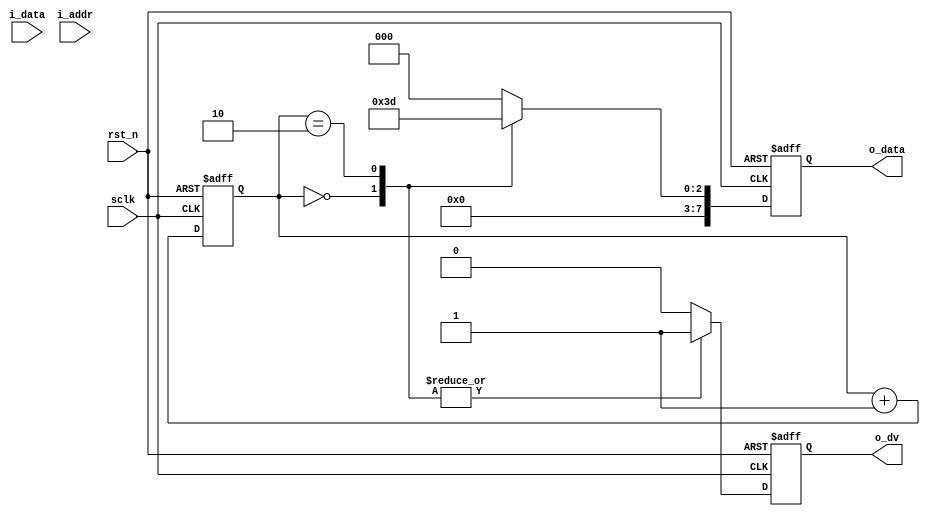
module ex_case( 
       input wire        rst_n,
       input wire        sclk,
	   output reg        o_dv,
	   output reg  [7:0] o_data,
	   
	   input wire  [9:0] i_data,
	   input wire  [7:0] i_addr
);

reg [2:0] cnt_7;
always @(posedge sclk or negedge rst_n)
begin
  if(rst_n==1'b0)
    cnt_7 <= 3'b000;
  else
    cnt_7 <= cnt_7 + 3'b001;
end


always @(posedge sclk or negedge rst_n)
begin
  if(rst_n==1'b0)
    begin
      o_data <= 8'h00;
	  o_dv   <= 1'b0;
	end
  else
     begin  
	     case(cnt_7)
		     3'b000:
                begin
				  o_data <= 8'd7;
				  o_dv   <= 1'b1;
                end		
		     3'b001:
                begin
				  o_data <= 8'd0;
				  o_dv   <= 1'b0;
                end		
		     3'b010:
                begin
				  o_data <= 8'd5;
				  o_dv   <= 1'b1;
                end		
            default:
                begin
				  o_data <= 8'd0;
				  o_dv   <= 1'b0;				
                end				

		 endcase
	 
     end	 

end

/*
always @(*)
//always @(rst_n or cnt_7)
begin
  if(rst_n==1'b0)
    begin
      o_data = 8'h00;
	  o_dv   = 1'b0;
	end
  else
     begin  
	     case(cnt_7)
		     3'b000:
                begin
				  o_data = 8'd7;
				  o_dv   = 1'b1;
                end		
		     3'b001:
                begin
				  o_data = 8'd0;
				  o_dv   = 1'b0;
                end		
		     3'b010:
                begin
				  o_data = 8'd5;
				  o_dv   = 1'b1;
                end		
             default:
                begin
				  o_data = 8'd0;
				  o_dv   = 1'b0;				
                end		 		
		 endcase
     end	 
end
*/

endmodule